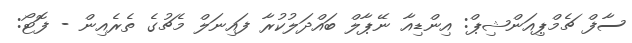
ސާފް ޗެމްޕިއަންޝިޕް: އިންޑިއާ ނޭޕާލް ބައްދަލުކުރާ ފައިނަލް މެޗުގެ ތެރެއިން - ފޮޓޯ: